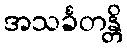
အသင်္ခတန္တိ